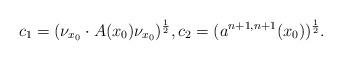
LaTeX: \begin{align*}c_{1} = (\nu_{x_0} \cdot A(x_0) \nu_{x_0})^{\frac{1}{2}}, c_{2} = (a^{n+1, n+1}(x_0))^{\frac{1}{2}}.\end{align*}